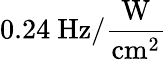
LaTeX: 0.24~\mathrm{Hz/\frac{W}{cm^{2}}}